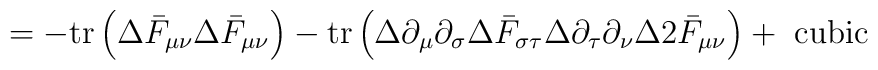
=-\mathrm{tr}\left(\Delta\bar{F}_{\mu\nu}\Delta\bar{F}_{\mu\nu}\right)-	\mathrm{tr}\left(\Delta\partial_\mu\partial_\sigma\Delta\bar{F}_{\sigma	\tau}\Delta\partial_\tau\partial_\nu\Delta2\bar{F}_{\mu\nu}\right)+	\textrm{ cubic}